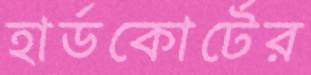
হার্ডকোর্টের